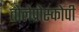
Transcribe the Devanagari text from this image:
तोलेप्रोस्कोपी